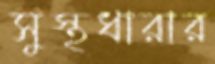
সুস্থধারার